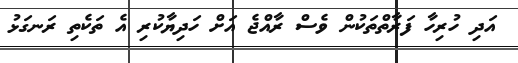
އަދި ހުރިހާ ފަރާތްތަކުން ވެސް ރާއްޖެ އަށް ހަދިޔާކުރި އެ ތަކެތި ރަނގަޅު